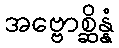
အဗ္ဗောစ္ဆိန္နံ